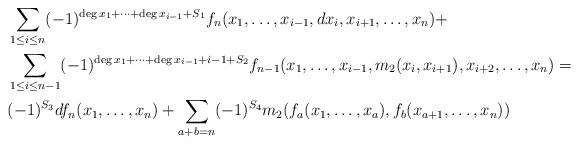
LaTeX: \begin{align*}\begin{aligned}\ &\sum_{1\le i\le n}(-1)^{\deg x_1+\dots+\deg x_{i-1}+S_1}f_n(x_1,\dots,x_{i-1},dx_i,x_{i+1},\dots,x_n)+\\&\sum_{1\le i\le n-1}(-1)^{\deg x_1+\dots+\deg x_{i-1}+i-1+S_2}f_{n-1}(x_1,\dots,x_{i-1},m_2(x_i,x_{i+1}),x_{i+2},\dots,x_n)=\\&(-1)^{S_3}df_n(x_1,\dots,x_n)+\sum_{a+b=n}(-1)^{S_4}m_2(f_a(x_1,\dots,x_a),f_b(x_{a+1},\dots,x_n))\end{aligned}\end{align*}